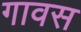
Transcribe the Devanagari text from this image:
गावस